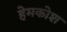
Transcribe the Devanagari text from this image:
हेमकोश